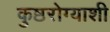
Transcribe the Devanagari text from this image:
कुष्ठरोग्याशी